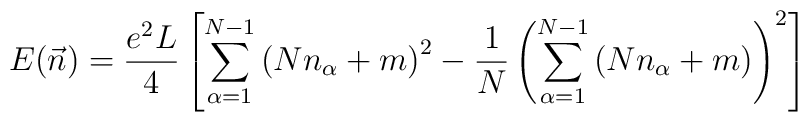
E(\vec n)=\frac{e^2L}{4}\left[\sum_{\alpha=1}^{N-1}\left(Nn_\alpha+m\right)^2-\frac{1}{N}\left(\sum_{\alpha=1}^{N-1}\left(Nn_\alpha+m\right)\right)^2\right]